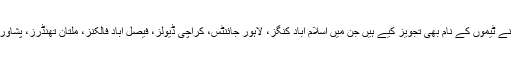
عامر خان نے ویڈیو میں کہا کہ میں نے ٹیموں کے نام بھی تجویز کیے ہیں جن میں اسلام آباد کنگز، لاہور جائنٹس، کراچی ڈیولز، فیصل آباد فالکنز، ملتان تھنڈرز، پشاور ویرئرز اور کوئٹہ اسٹارز شامل ہیں۔